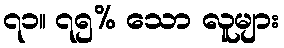
၇၁။ ၇၅% သော လူများ